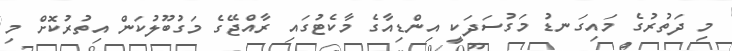
މި ދަތުރުގެ މައިގަނޑު މަގުސަދަކީ އިންޑިއާގެ މާކެޓުގައި ރާއްޖޭގެ މަގުބޫލުކަން އިތުރުކޮށް މި